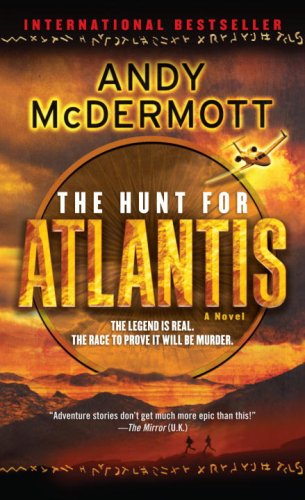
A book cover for The Hunt for Atlantis: A Novel (Nina Wilde and Eddie Chase); Andy McDermott; Literature & Fiction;